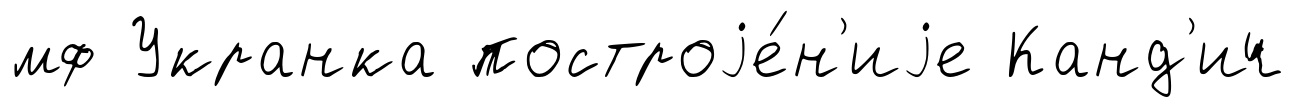
мф Укранка построjе́н'иjе Канд'ич